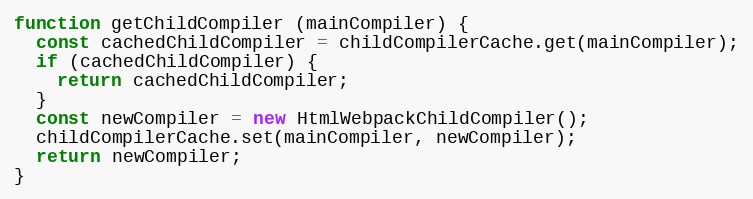
Language: JavaScript
function getChildCompiler (mainCompiler) {
  const cachedChildCompiler = childCompilerCache.get(mainCompiler);
  if (cachedChildCompiler) {
    return cachedChildCompiler;
  }
  const newCompiler = new HtmlWebpackChildCompiler();
  childCompilerCache.set(mainCompiler, newCompiler);
  return newCompiler;
}